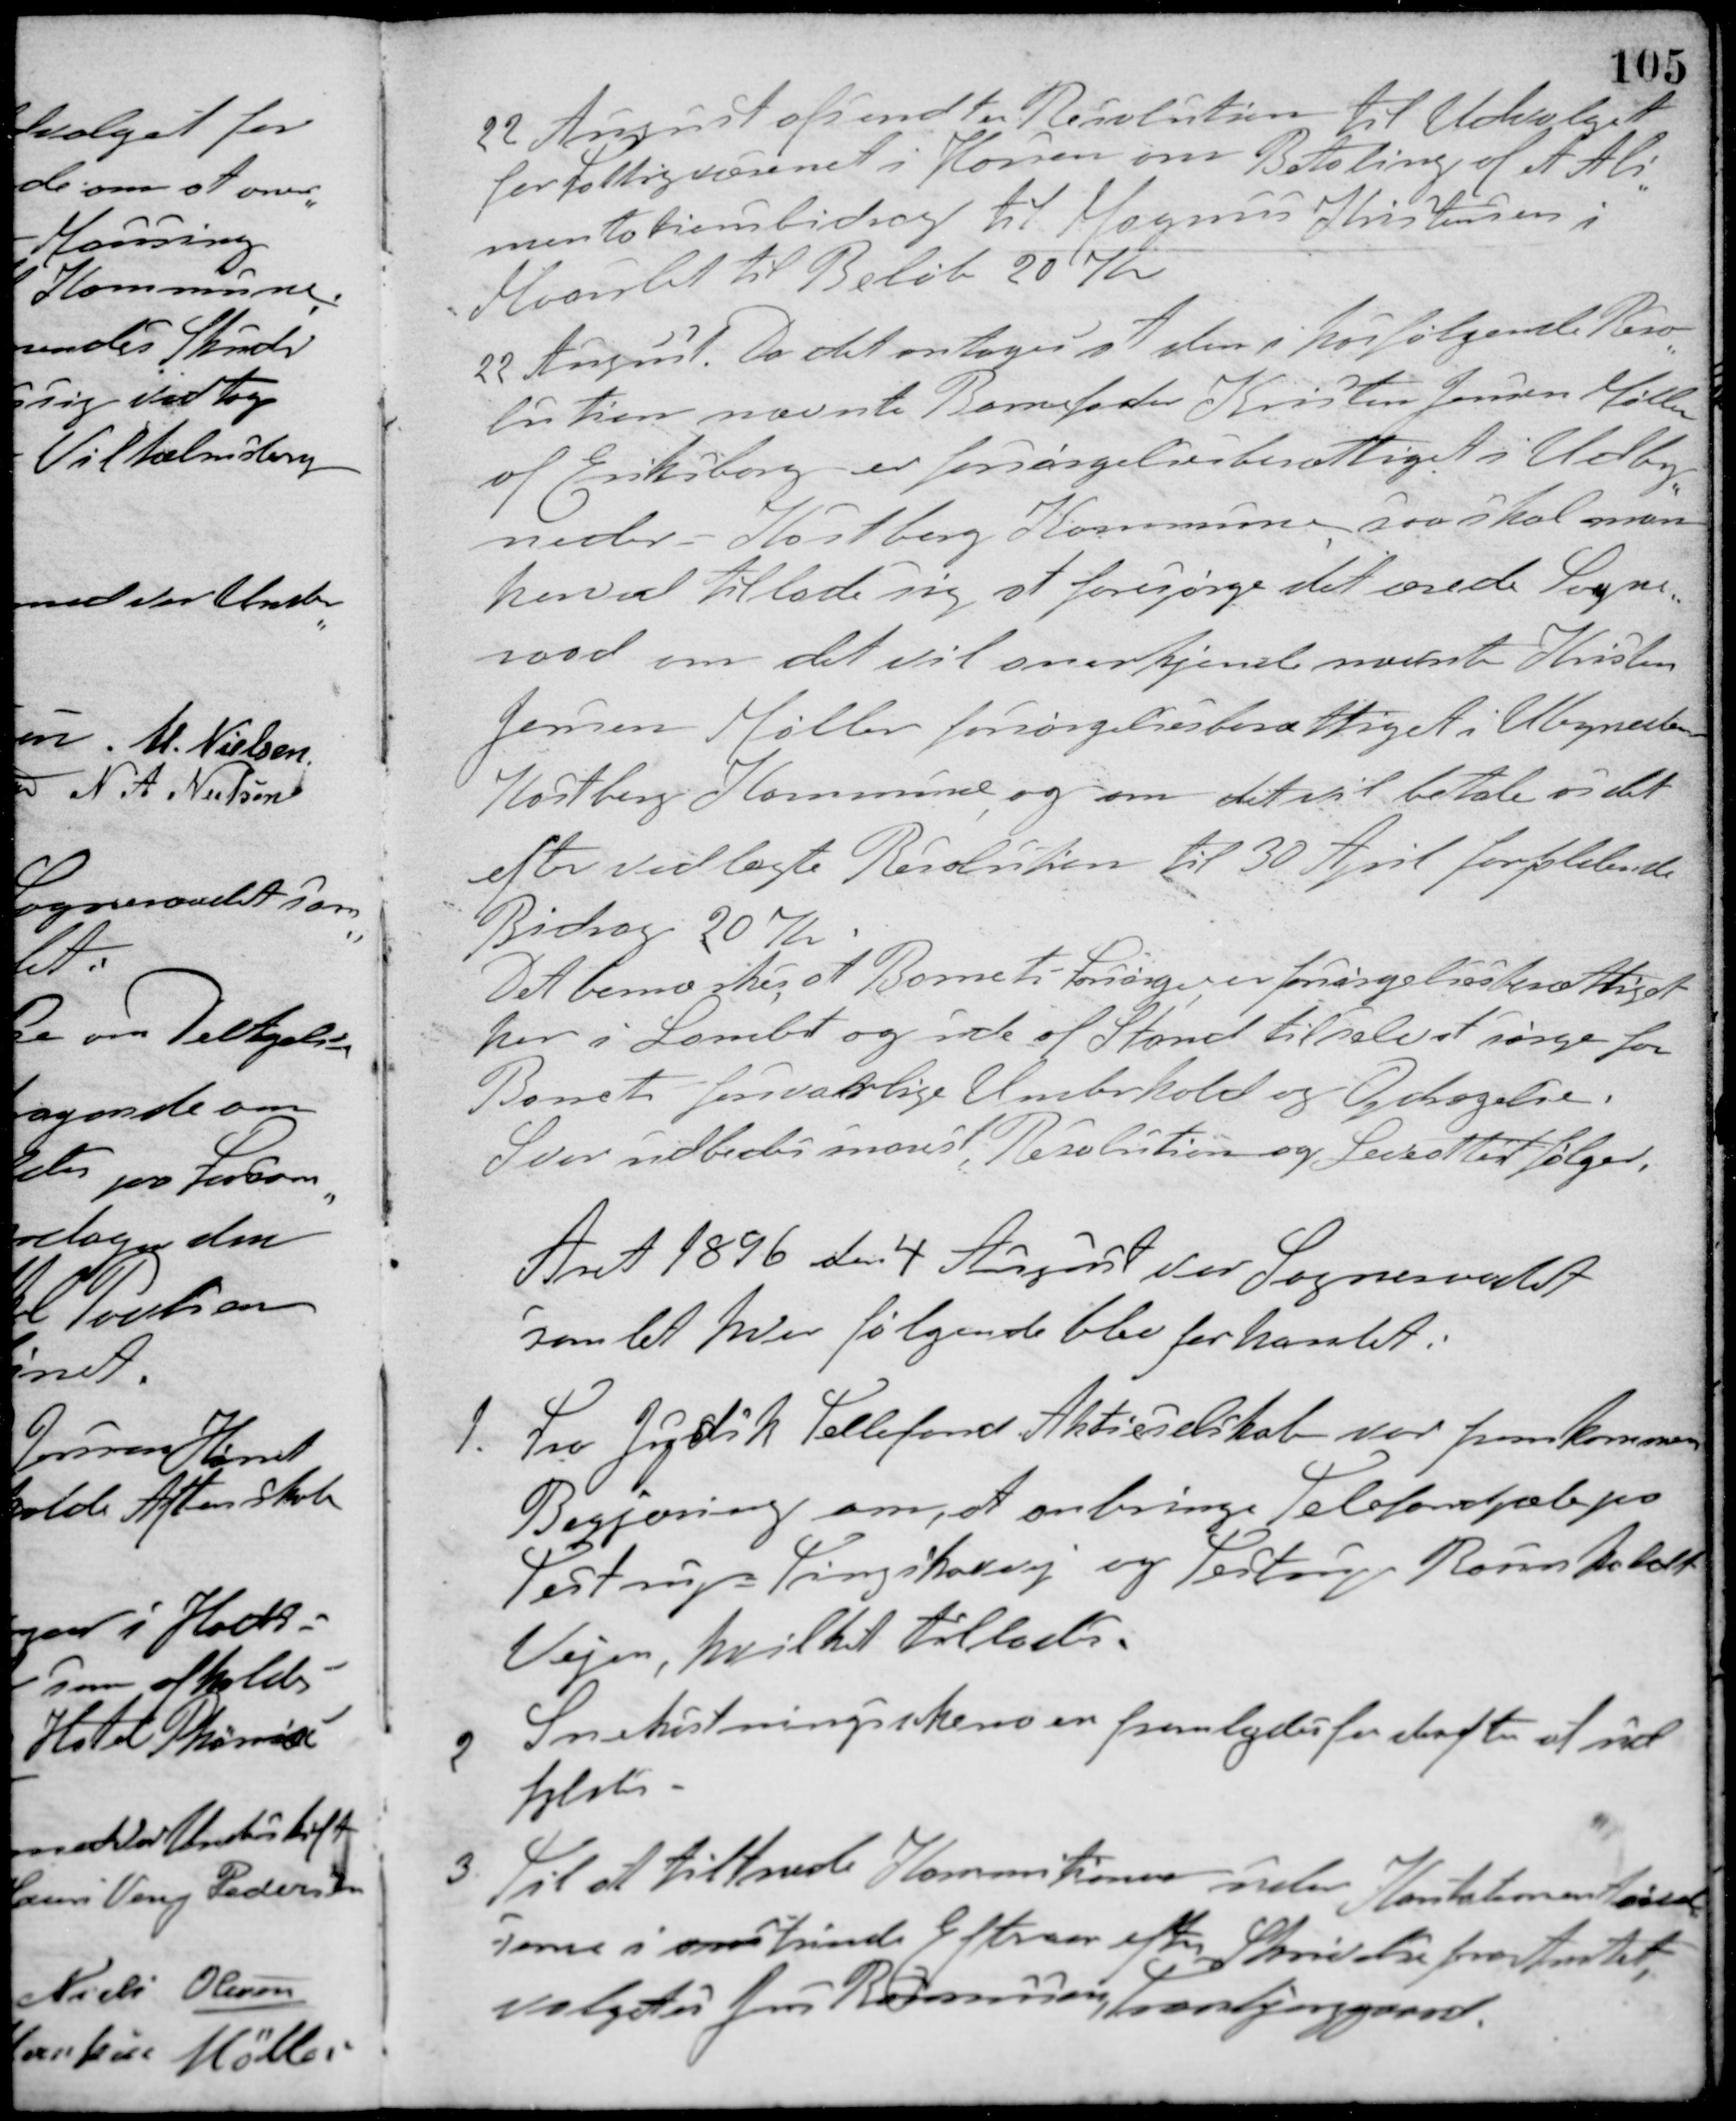
Transskription:
22 August afsendt en Resolution til Udvalget
for Fattigvæsenet i Horsens om Betaling af et Ali-
mentationsbidrag til Magnus Kristensen i
Maarslet til Beløb 20 Kr
22 August. Da det antages at den i hosfølgende Reso-
lution nævnte Barnefader Kristen Jensen Møller
af Eriksborg er forsørgelsesberettiget i Udby-
neder-Kastberg Kommune, saa skal man
herved tillade sig at forespørge det ærede Sogne-
raad om det vil anerkjende nævnte Kristen
Jensen Møller forsørgelsesberettiget i Udbyneder-
Kastberg Kommune og om det vil betale os det
efter vedlagte Resolution til 30 April forfaldende
Bidrag 20 Kr.
Det bemærkes, at Barnets Forsørger er forsørgelsesberettiget
her i Landet og ude af Stand til selv at sørge for
Barnets forsvarlige Underhold og Opdragelse.
Svar udbedes snarest. Resolution og Leveattest følger.
Aaret 1896 den 4 August var Sogneraadet
samlet hvor følgende blev forhandlet:
1. Fra Jydsk Tellefond Aktieselskab var fremkommen
Begjæring om, at anbringe Telefonpæle paa
Testrup-Tingskovvej og Testrup-Raunsholdt
Vejen, hvilket tillades.
2 Snekastningsskemaer fremlagdes for derefter at ud-
fyldes.
3. Til at tiltræde Kommitionen under Konstationentøren
serne i om funde Efteraar efter Skrivelse fra Amtet,
valgtes Jens Rasmussen, Tranbjerggaard.